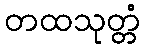
တထသုတ္တံ